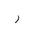
Letter: _ra